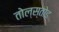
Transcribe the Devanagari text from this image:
तोल्स्तोइ